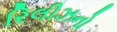
રિલીઝનો